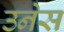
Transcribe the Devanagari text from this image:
उनेस